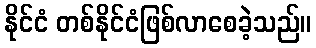
နိုင်ငံ တစ်နိုင်ငံဖြစ်လာစေခဲ့သည်။